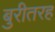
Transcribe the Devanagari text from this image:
बुरीतरह